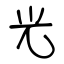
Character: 光